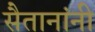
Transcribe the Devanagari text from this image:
सैतानांनी